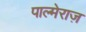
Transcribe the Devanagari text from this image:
पाल्मेराज़